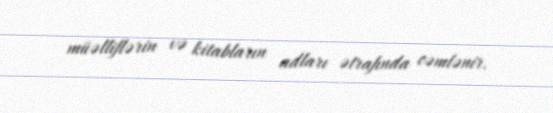
müəlliflərin və kitabların adları ətrafında cəmlənir.